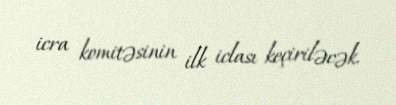
icra komitəsinin ilk iclası keçiriləcək.